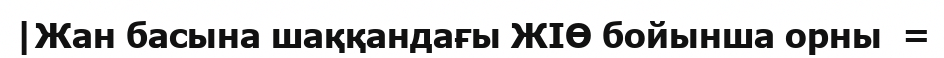
|Жан басына шаққандағы ЖІӨ бойынша орны  =